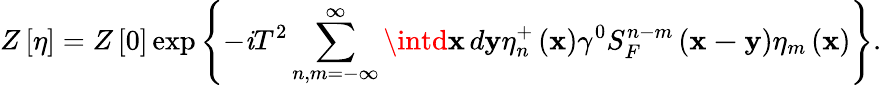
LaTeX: Z\left[\eta\right]=Z\left[0\right]\exp\left\{ -\mathit{i}T^{2}\sum_{n,m=-\infty}^{\infty}\intd\mathbf{{x\, }}d\mathbf{{y}}\eta_{n}^{+}\left(\mathbf{{x}}\right)\gamma^{0}S_{F}^{n-m}\left(\mathbf{{x-y}}\right)\eta_{m}\left(\mathbf{{x}}\right)\right\} .